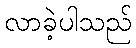
လာခဲ့ပါသည်